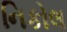
નિકોલ